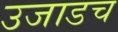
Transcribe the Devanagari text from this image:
उजाडच